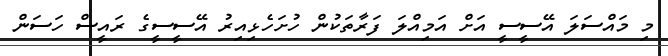
މި މައްސަލަ އޭސީސީ އަށް އަމިއްލަ ފަރާތަކުން ހުށަހެޅިއިރު އޭސީސީގެ ރައީސް ހަސަން